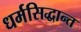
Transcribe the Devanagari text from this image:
धर्मसिद्धान्त